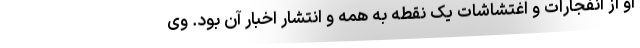
او از انفجارات و اغتشاشات یک نقطه به همه و انتشار اخبار آن بود. وی